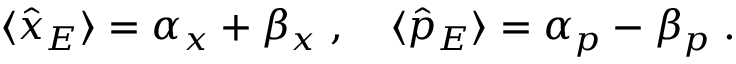
\begin{array} { r } { \langle \hat { x } _ { E } \rangle = \alpha _ { x } + \beta _ { x } \; , \quad \langle \hat { p } _ { E } \rangle = \alpha _ { p } - \beta _ { p } \; . } \end{array}